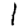
Digit: 1